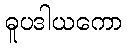
ဓူပဒါယကော